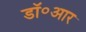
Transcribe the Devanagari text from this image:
डॉ॰आर